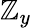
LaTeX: \mathbb{Z}_{y}